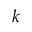
\boldsymbol { k }